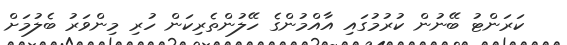
ކަރަންޓު ބޭނުން ކުރުމުގައި އާއްމުންގެ ހޭލުންތެރިކަން ހުރި މިންވަރު ބެލުމަށް